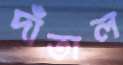
দাঁতাল